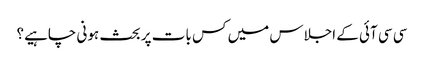
سی سی آئی کے اجلاس میں کس بات پر بحث ہونی چاہیے؟